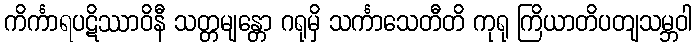
ကိင်္ကာရပဋိဿာဝိနီ သတ္တမျန္တော ဂရုမှိ သင်္ကာသေတီတိ ကုရု ကြိယာတိပတျသမ္ဘဝါ